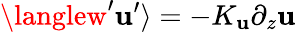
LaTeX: \langlew^{\prime}\mathbf{u}^{\prime}\rangle=-K_{\mathbf{u}}\partial_{z}\mathbf{u}